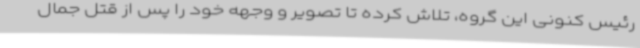
رئیس کنونی این گروه، تلاش کرده تا تصویر و وجهه خود را پس از قتل جمال